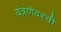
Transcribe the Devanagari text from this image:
यंत्रणेवरची